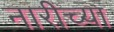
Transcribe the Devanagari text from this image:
नारीच्या